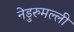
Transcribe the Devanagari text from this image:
नेडुरुमल्ली